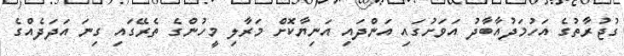
ގުޖުރާތުގެ އަހުމަދުއާބާދު އަވަށުގައި އަންދައި އަނިޔާކޮށް މަރާލި މީހުންގެ ތެރޭގައި ގިނަ އަދަދެއްގެ